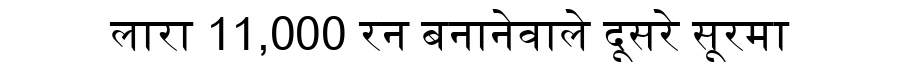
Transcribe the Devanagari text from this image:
लारा 11,000 रन बनानेवाले दूसरे सूरमा